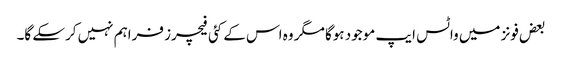
بعض فونز میں واٹس ایپ موجود ہوگا مگر وہ اس کے کئی فیچرز فراہم نہیں کرسکے گا۔